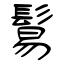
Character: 鬄